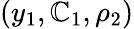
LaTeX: (y_{1},\mathbb{C}_{1},\rho_{2})